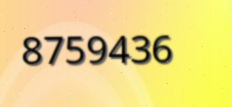
8759436